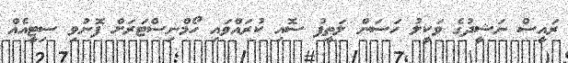
ރައީސް ނަޝީދުގެ ވަކީލު ހަސަން ލަތީފު ސޮއި ކުރައްވައި ހޯމްނިސްޓަރަށް ފޮނުވި ސިޓީއެއް